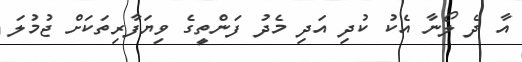
އާ ދެ ލޯނާ އެކު ކުދި އަދި މެދު ފަންތީގެ ވިޔަފާރިތަކަށް ޖުމުލަ